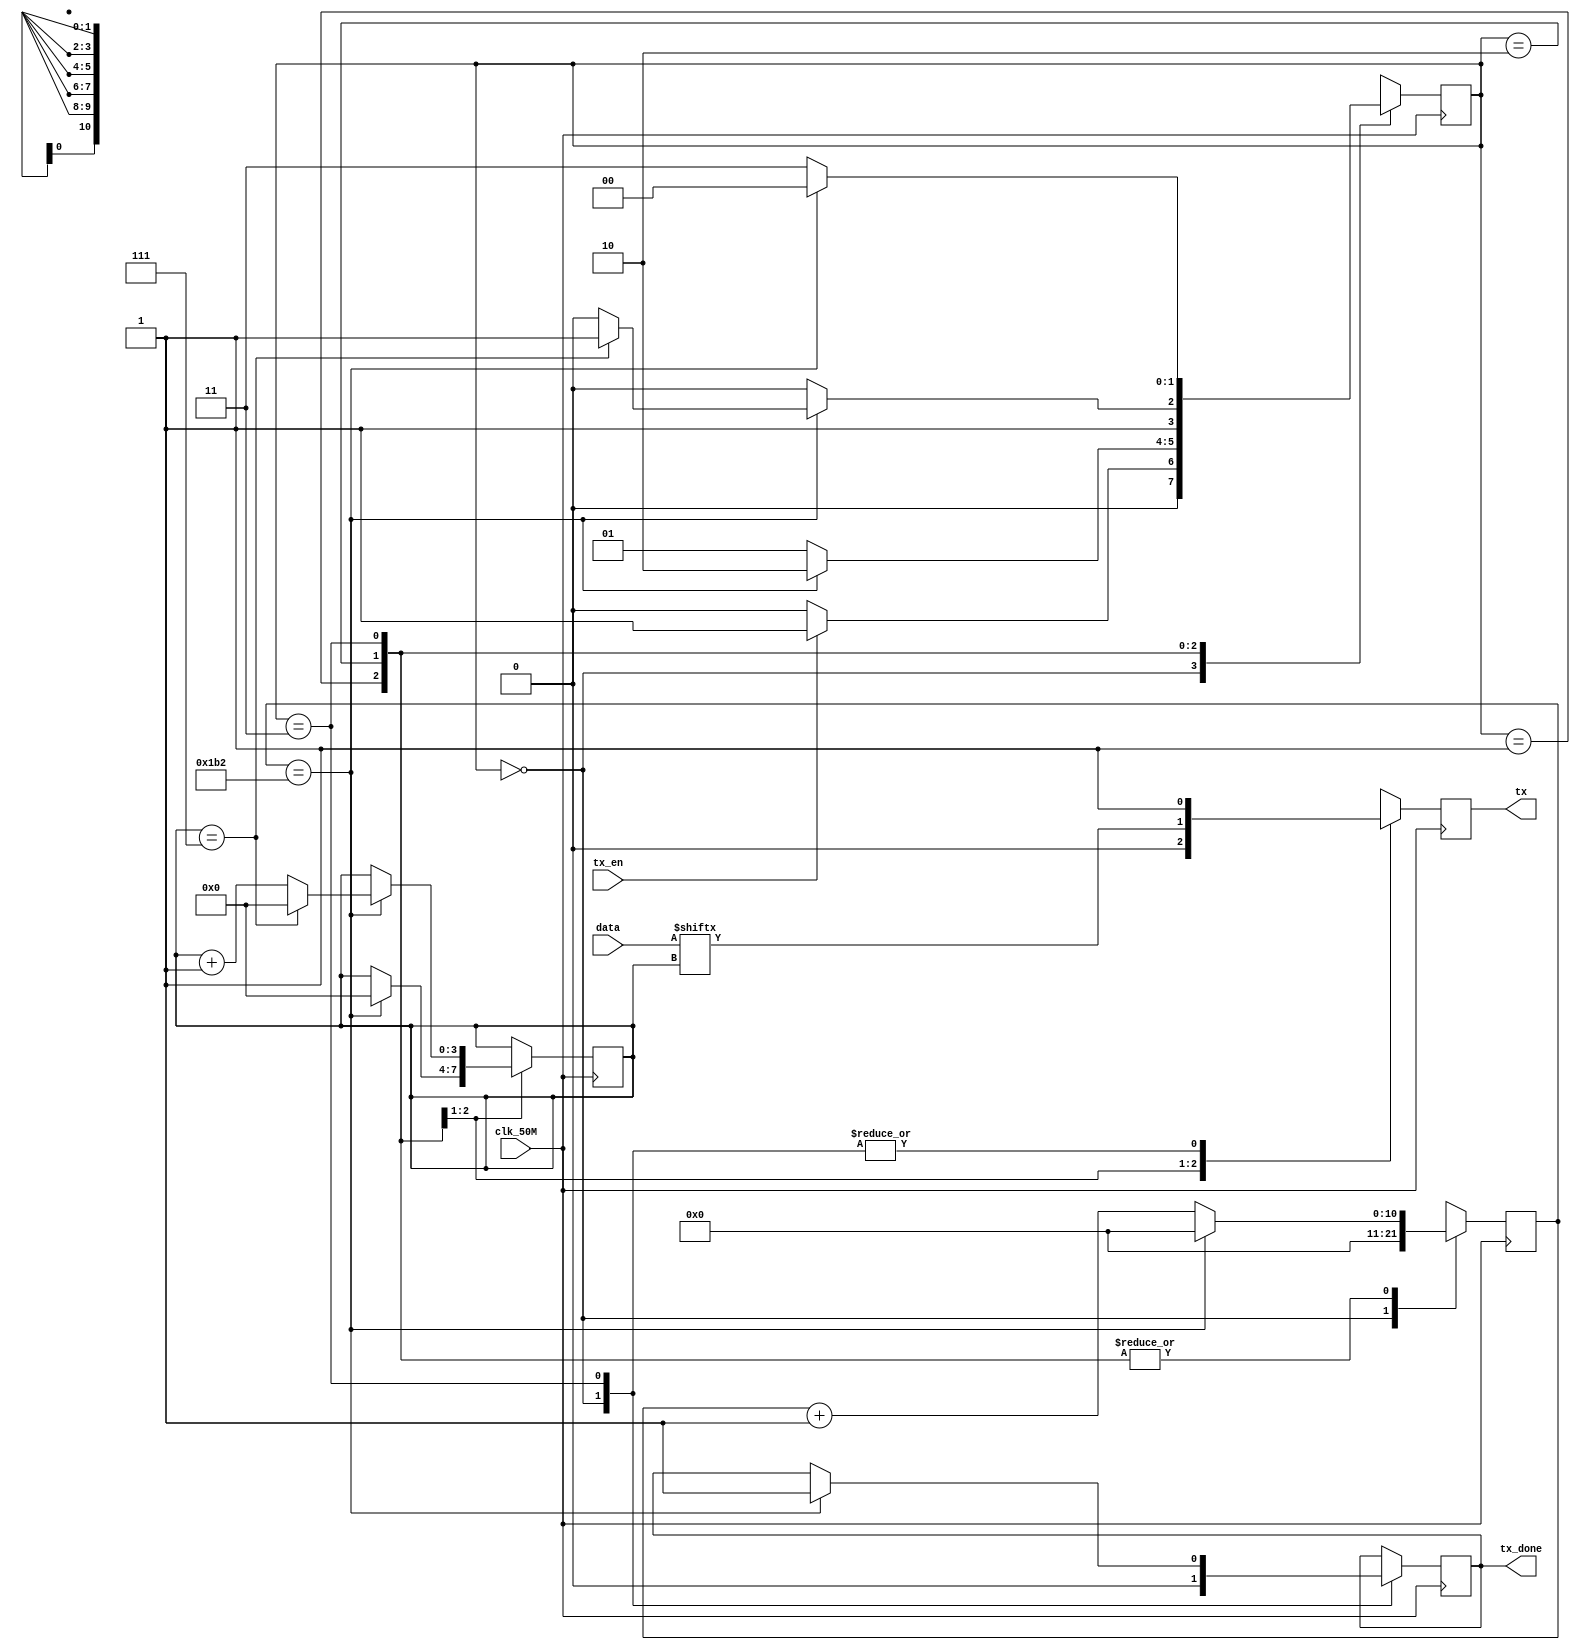
module uart_tx(input clk_50M,				//main system's 50MHz clock
		input tx_en,				//enable to start sending data
		input [7:0] data,			//input 8 bit data
		output reg tx,				//output serial data
		output reg tx_done);			//high when transmission is done
	
	//external parameters 
	parameter BAUD_RATE=115200;
	parameter PAYLOAD_BITS=8;
	parameter PARITY_BITS=0;
	parameter STOP_BITS=1;
	
	//internal parameters
	parameter CYCLES_PER_BIT=434;
	parameter IDLE=2'b00, START_BIT=2'b01, DATA_BITS=2'b10, STOP_BIT=2'b11;	//FSM states
	
	//internal registers
	reg [1:0] state=IDLE;	                //current state
	reg [10:0] cycle_count;	                //counts clock cycles for each bit
	reg [3:0] index;			//bit being transmitted
	
	always@(posedge clk_50M) begin
		case(state)
		
			IDLE: begin
				tx_done<=1'b0;
				tx<=1'b1;
				cycle_count<=11'd0;
				if(tx_en==1) begin
					state<=START_BIT;
				end
				else state<=IDLE;
			end
			
			//send out start bit
			START_BIT: begin
				tx<=1'b0;
				//wait CLKS_PER_BIT-1 clock cycles for start bit to finish
				if(cycle_count==CYCLES_PER_BIT) begin
					index<=4'b0000;
					state<=DATA_BITS;
					cycle_count<=11'd0;
				end
				else begin
					cycle_count<=cycle_count+1;
					state<=START_BIT;
				end
			end
			
			//send out data bits
			//wait CLKS_PER_BIT-1 clock cycles for each data bit to finish
			DATA_BITS: begin
				tx<=data[index];
				if(cycle_count==CYCLES_PER_BIT) begin
					cycle_count<=11'd0;
					if(index==7) begin
						index<=0;
						state<=STOP_BIT;
					end
					else begin
						index<=index+1;
						state<=DATA_BITS;
					end
				end
				else begin
					cycle_count<=cycle_count+1;
					state<=DATA_BITS;
				end
			end
			
			//send out stop bit
			STOP_BIT: begin
				tx<=1'b1;
				//wait CLKS_PER_BIT-1 clock cycles for stop bit to finish
				if(cycle_count==CYCLES_PER_BIT) begin
					cycle_count<=11'd0;
					tx_done<=1'b1;
					state<=IDLE;
				end
				else begin
					cycle_count<=cycle_count+1;
					state<=STOP_BIT;
				end
			end
		endcase
	end 
	
endmodule